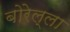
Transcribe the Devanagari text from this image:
बोरेल्ला